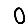
Digit: 0